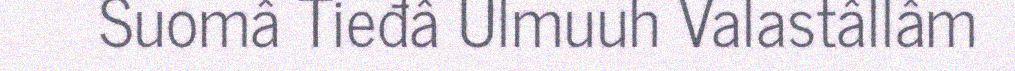
Suomâ Tieđâ Ulmuuh Valastâllâm